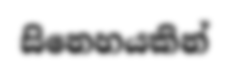
සිනෙහයකින්